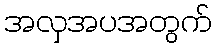
အလှအပအတွက်